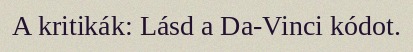
A kritikák: Lásd a Da-Vinci kódot.